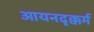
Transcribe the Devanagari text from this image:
आयनदृक्कर्म